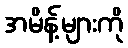
အမိန့်များကို